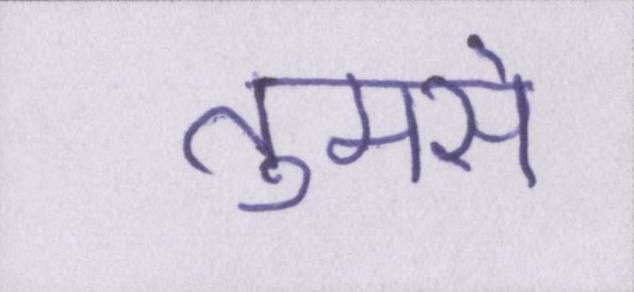
तुमसे